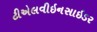
ટીએલવીઇનસાઇડર